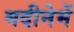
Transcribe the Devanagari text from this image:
मदीनेमें